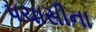
પચાસીના